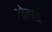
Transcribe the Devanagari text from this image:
ओलाह